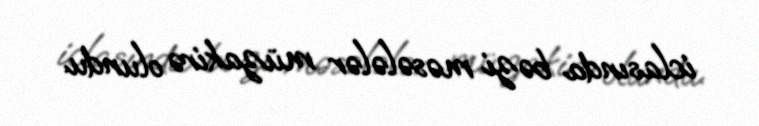
iclasında bəzi məsələlər müzakirə olundu.